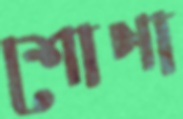
শোণা